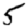
Digit: 5